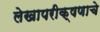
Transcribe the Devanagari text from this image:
लेखापरीक्षणाचे